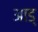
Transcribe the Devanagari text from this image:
आड्